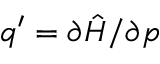
q ^ { \prime } = \partial \hat { H } / \partial p